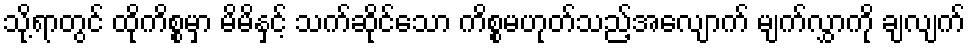
သို့ရာတွင် ထိုကိစ္စမှာ မိမိနှင့် သက်ဆိုင်သော ကိစ္စမဟုတ်သည့်အလျောက် မျက်လွှာကို ချလျက်